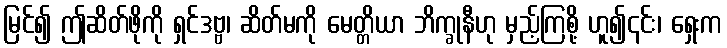
မြင်၍ ဤဆိတ်ဖိုကို ရှင်ဒဗ္ဗ၊ ဆိတ်မကို မေတ္တိယာ ဘိက္ခုနီဟု မှည့်ကြစို့ ဟူ၍၎င်း၊ ရှေးက